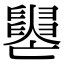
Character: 𦦭